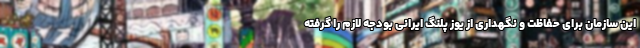
این سازمان برای حفاظت و نگهداری از یوز پلنگ ایرانی بودجه لازم را گرفته